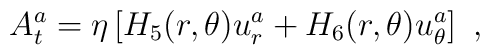
A^a_t = \eta \left[ H_{5}(r,\theta)u_r^a + H_{6}(r,\theta) u_\theta^a  \right] \ ,